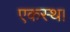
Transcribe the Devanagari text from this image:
एकस्थ।